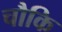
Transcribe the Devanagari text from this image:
चौकि